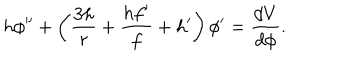
h \phi ^ { \prime \prime } + \left( \frac { 3 h } { r } + \frac { h f ^ { \prime } } { f } + h ^ { \prime } \right) \phi ^ { \prime } = \frac { d V } { d \phi } .